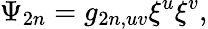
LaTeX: \Psi_{2n}=g_{2n,uv}\xi^{u}\xi^{v},